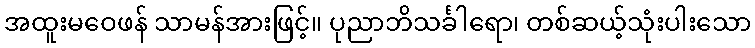
အထူးမဝေဖန် သာမန်အားဖြင့်။ ပုညာဘိသင်္ခါရော၊ တစ်ဆယ့်သုံးပါးသော